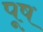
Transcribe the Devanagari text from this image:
पूष